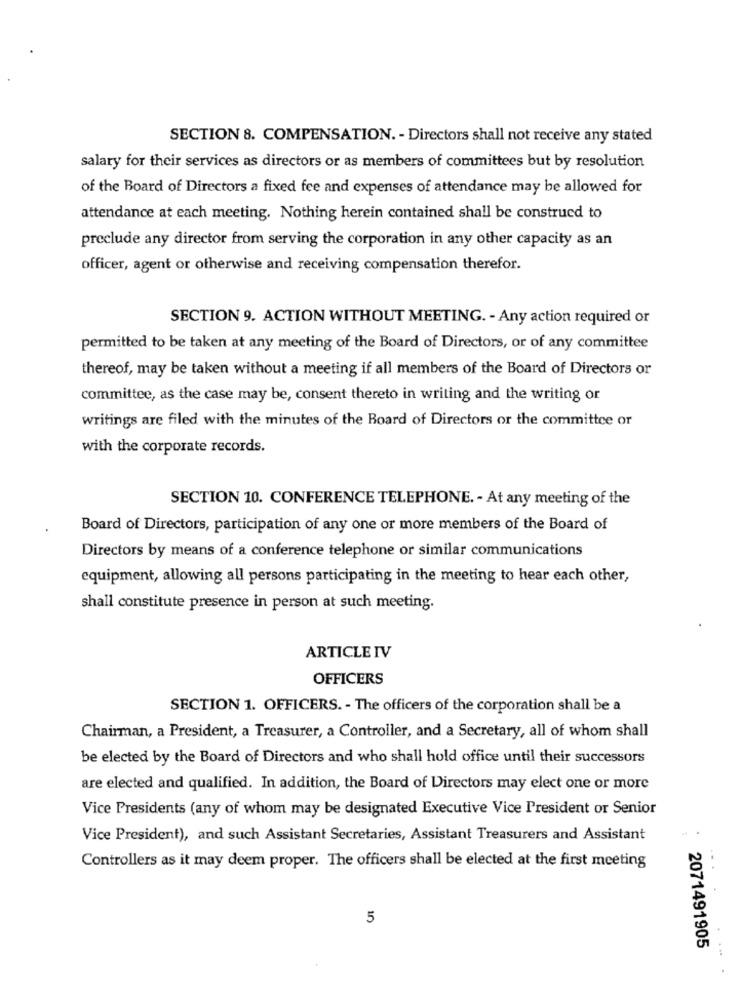
SECTION 8. COMPENSATION. - Directors shall not receive any stated
salary for their services as directors or as members of committees but by resolution
of the Board of Directors a fixed fee and expenses of attendance may be allowed for
attendance at each meeting. Nothing herein contained shall be construed to
preclude any director from serving the corporation in any other capacity as an
officer, agent or otherwise and receiving compensation therefor.
SECTION 9. ACTION WITHOUT MEETING. - Any action required or
permitted to be taken at any meeting of the Board of Directors, or of any committee
thereof, may be taken without a meeting if all members of the Board of Directors or
committee, as the case may be, consent thereto in writing and the writing or
writings are filed with the minutes of the Board of Directors or the committee or
with the corporate records.
SECTION 10. CONFERENCE TELEPHONE. - At any meeting of the
Board of Directors, participation of any one or more members of the Board of
Directors by means of a conference telephone or similar communications
equipment, allowing all persons participating in the meeting to hear each other,
shall constitute presence in person at such meeting.
ARTICLE IV
OFFICERS
SECTION 1. OFFICERS. - The officers of the corporation shall be a
Chairman, a President, a Treasurer, a Controller, and a Secretary, all of whom shall
be elected by the Board of Directors and who shall hold office until their successors
are elected and qualified. In addition, the Board of Directors may elect one or more
Vice Presidents (any of whom may be designated Executive Vice President or Senior
Vice President), and such Assistant Secretaries, Assistant Treasurers and Assistant
Controllers as it may deem proper. The officers shall be elected at the first meeting
5
2071491905